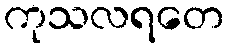
ကုသလရတေ